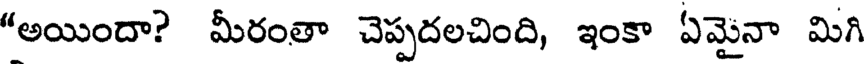
"అయిందా? మీరంతా చెప్పదలచింది, ఇంకా ఏమైనా మిగి